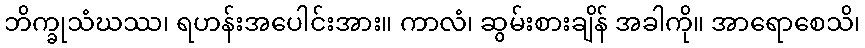
ဘိက္ခုသံဃဿ၊ ရဟန်းအပေါင်းအား။ ကာလံ၊ ဆွမ်းစားချိန် အခါကို။ အာရောစေသိ၊